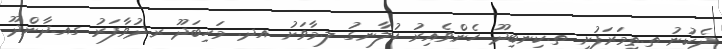
ދެކުނު ތ.ތިމަރަފުށި ތ.ކިނބިދޫ ހެންވެއިރު ހުލާނގު ލ.މާވަށު އދ. މަހިބަދޫ ރ.ދުވާފަރު ގއ.ދާންދޫ